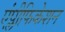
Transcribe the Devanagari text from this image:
एंप्लीफिकेशन